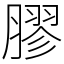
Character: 膠